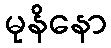
မုနိနော